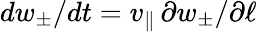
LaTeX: dw_{\pm}/dt=v_{\parallel}\, \partial w_{\pm}/\partial\ell